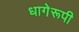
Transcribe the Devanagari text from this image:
धागेरूपी